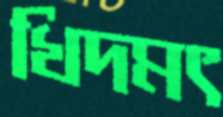
খিদমৎ